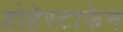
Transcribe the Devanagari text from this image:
होहेस्टाफेन